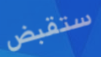
ستقبض